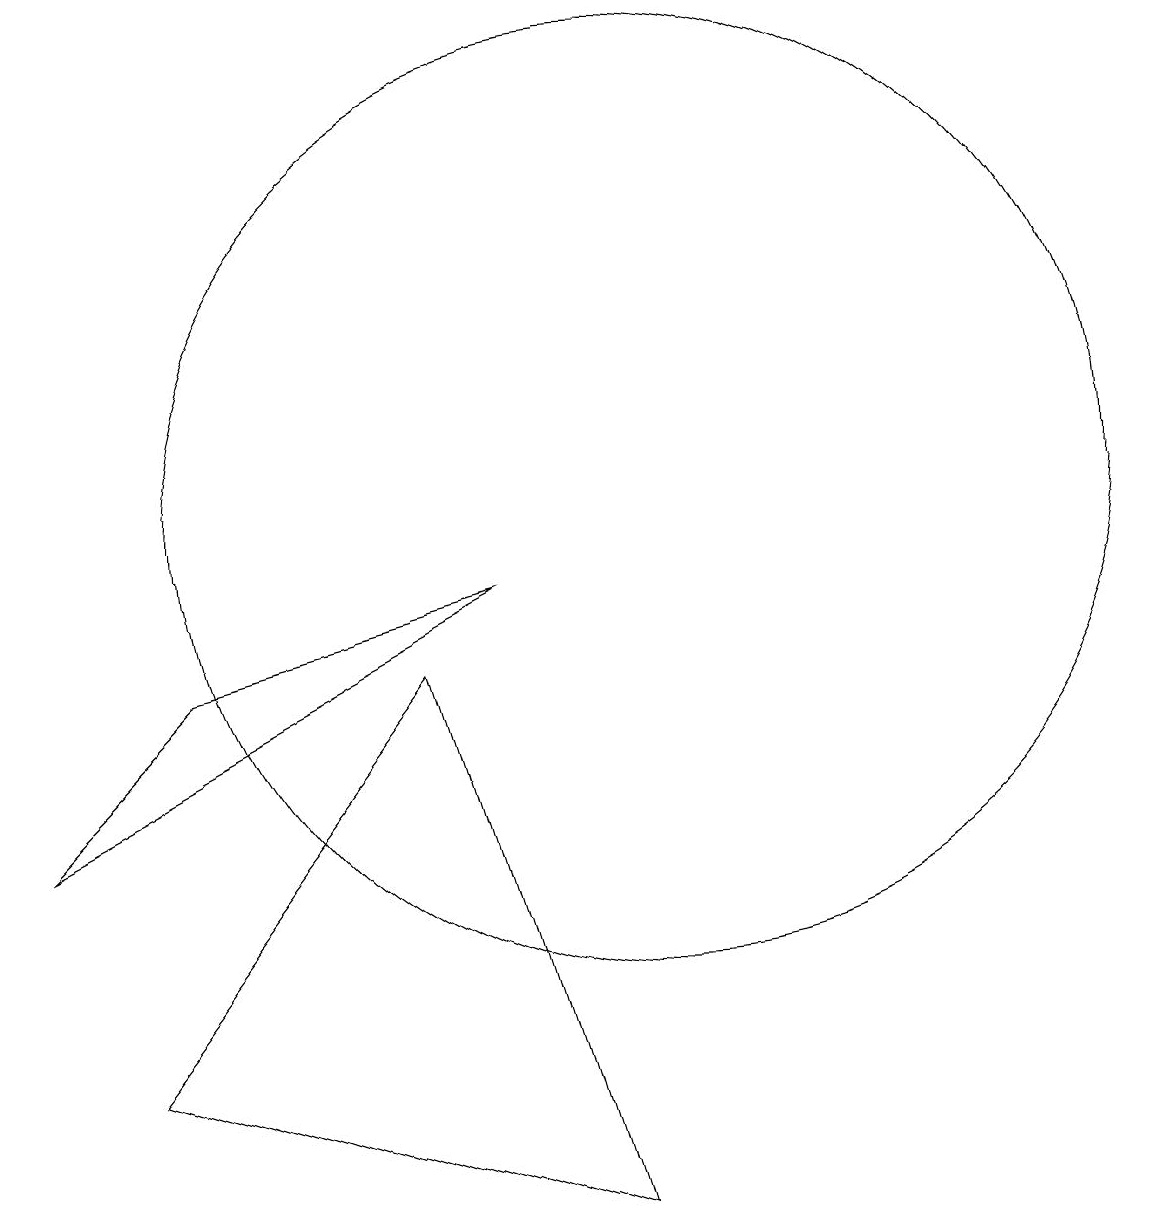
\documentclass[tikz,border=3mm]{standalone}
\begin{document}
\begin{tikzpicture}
\draw (10,10) circle (6);
\draw (8,9) -- (2,6) -- (4,8) -- cycle;
\draw (9,1) -- (3,3) -- (7,8) -- cycle;
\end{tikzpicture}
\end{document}